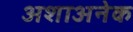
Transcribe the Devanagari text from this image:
अशाअनेक